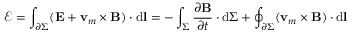
{ \mathcal { E } } = \int _ { \partial \Sigma } ( \mathbf { E } + \mathbf { v } _ { m } \times \mathbf { B } ) \cdot \mathrm { d } \mathbf { l } = - \int _ { \Sigma } { \frac { \partial \mathbf { B } } { \partial t } } \cdot \mathrm { d } \Sigma + \oint _ { \partial \Sigma } ( \mathbf { v } _ { m } \times \mathbf { B } ) \cdot \mathrm { d } \mathbf { l }